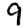
Digit: 9